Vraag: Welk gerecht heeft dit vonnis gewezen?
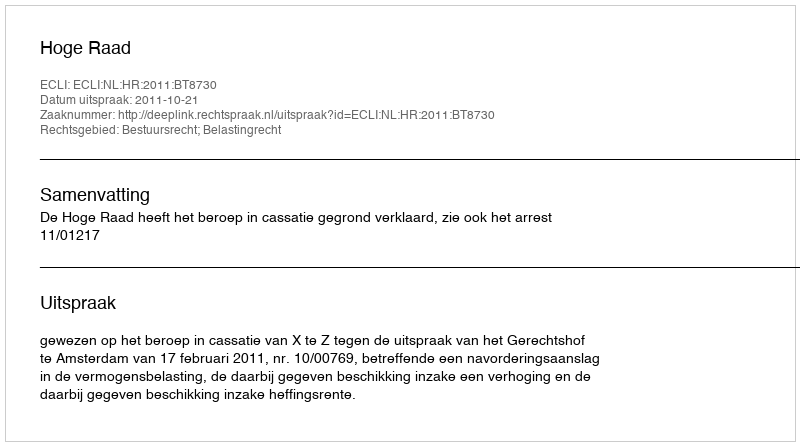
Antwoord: Hoge Raad